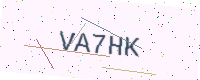
Text: VA7HK